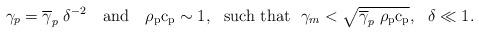
LaTeX: \begin{align*}\gamma_p = \overline{\gamma}_p\; \delta^{-2} ~~\mbox{ and }~~ \rho_{\mathrm{p}}\mathrm{c}_{\mathrm{p}} \sim 1, ~~\mbox{such that}~~ \gamma_m <\sqrt{\overline{\gamma}_p\; \rho_{\mathrm{p}}\mathrm{c}_{\mathrm{p}} }, ~~ \delta \ll 1.\end{align*}